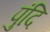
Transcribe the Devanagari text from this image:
पुंदि